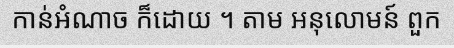
កាន់អំណាច ក៏ដោយ ។ តាម អនុលោមន៍ ពួក